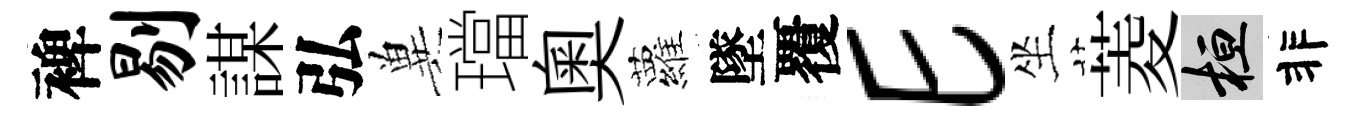
裨剔謀弘兾璫奥蘿墜覆E坐菱桓非